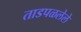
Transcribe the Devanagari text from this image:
ताडपळलेले